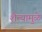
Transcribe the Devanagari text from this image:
शैत्यामुळे